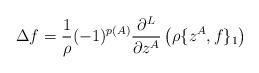
LaTeX: \begin{align*}\Delta f=\frac{1}{\rho}(-1)^{p(A)} \frac{\partial^L}{\partial z^A}\left(\rho\{z^A,f\}_1\right)\end{align*}